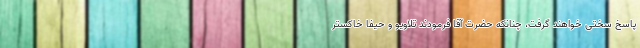
پاسخ سختی خواهند گرفت، چنانکه حضرت آقا فرمودند تلاویو و حیفا خاکستر